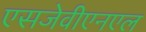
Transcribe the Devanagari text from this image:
एसजेवीएनएल